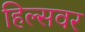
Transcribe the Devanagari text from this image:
हिल्सवर